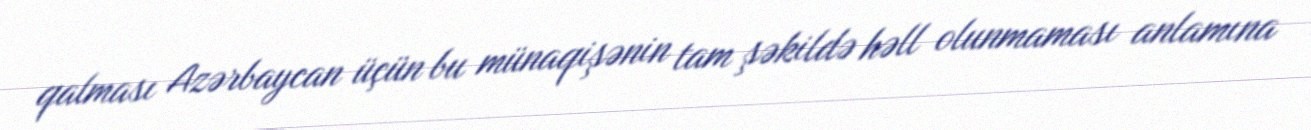
qalması Azərbaycan üçün bu münaqişənin tam şəkildə həll olunmaması anlamına